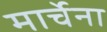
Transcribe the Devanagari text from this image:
मार्चेना